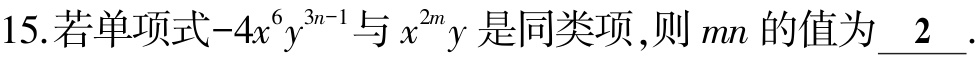
15.若单项式\(-4x^{6}y^{3n - 1}\)与\(x^{2m}y\)是同类项，则\(mn\)的值为\_\_2\_\_.